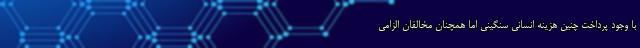
با وجود پرداخت چنین هزینه انسانی سنگینی اما همچنان مخالفان الزامی